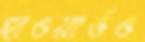
হাওয়ার্ডও